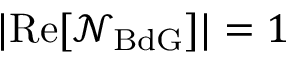
| \mathrm { R e } [ \mathcal { N } _ { \mathrm { B d G } } ] | = 1